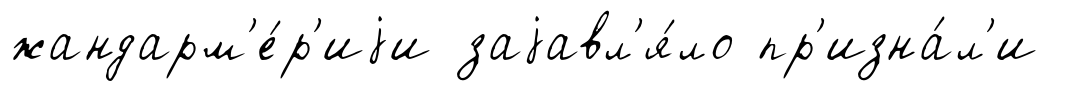
жандарм'е́р'иjи заjавл'я́ло пр'изна́л'и